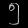
Digit: ၅